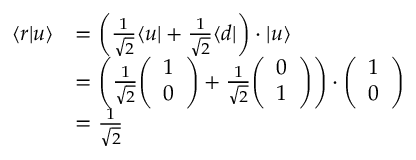
{ \begin{array} { r l } { \langle r | u \rangle } & { = \left( { \frac { 1 } { \sqrt { 2 } } } \langle u | + { \frac { 1 } { \sqrt { 2 } } } \langle d | \right) \cdot | u \rangle } \\ & { = \left( { \frac { 1 } { \sqrt { 2 } } } { \left( \begin{array} { l } { 1 } \\ { 0 } \end{array} \right) } + { \frac { 1 } { \sqrt { 2 } } } { \left( \begin{array} { l } { 0 } \\ { 1 } \end{array} \right) } \right) \cdot { \left( \begin{array} { l } { 1 } \\ { 0 } \end{array} \right) } } \\ & { = { \frac { 1 } { \sqrt { 2 } } } } \end{array} }